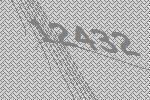
12432